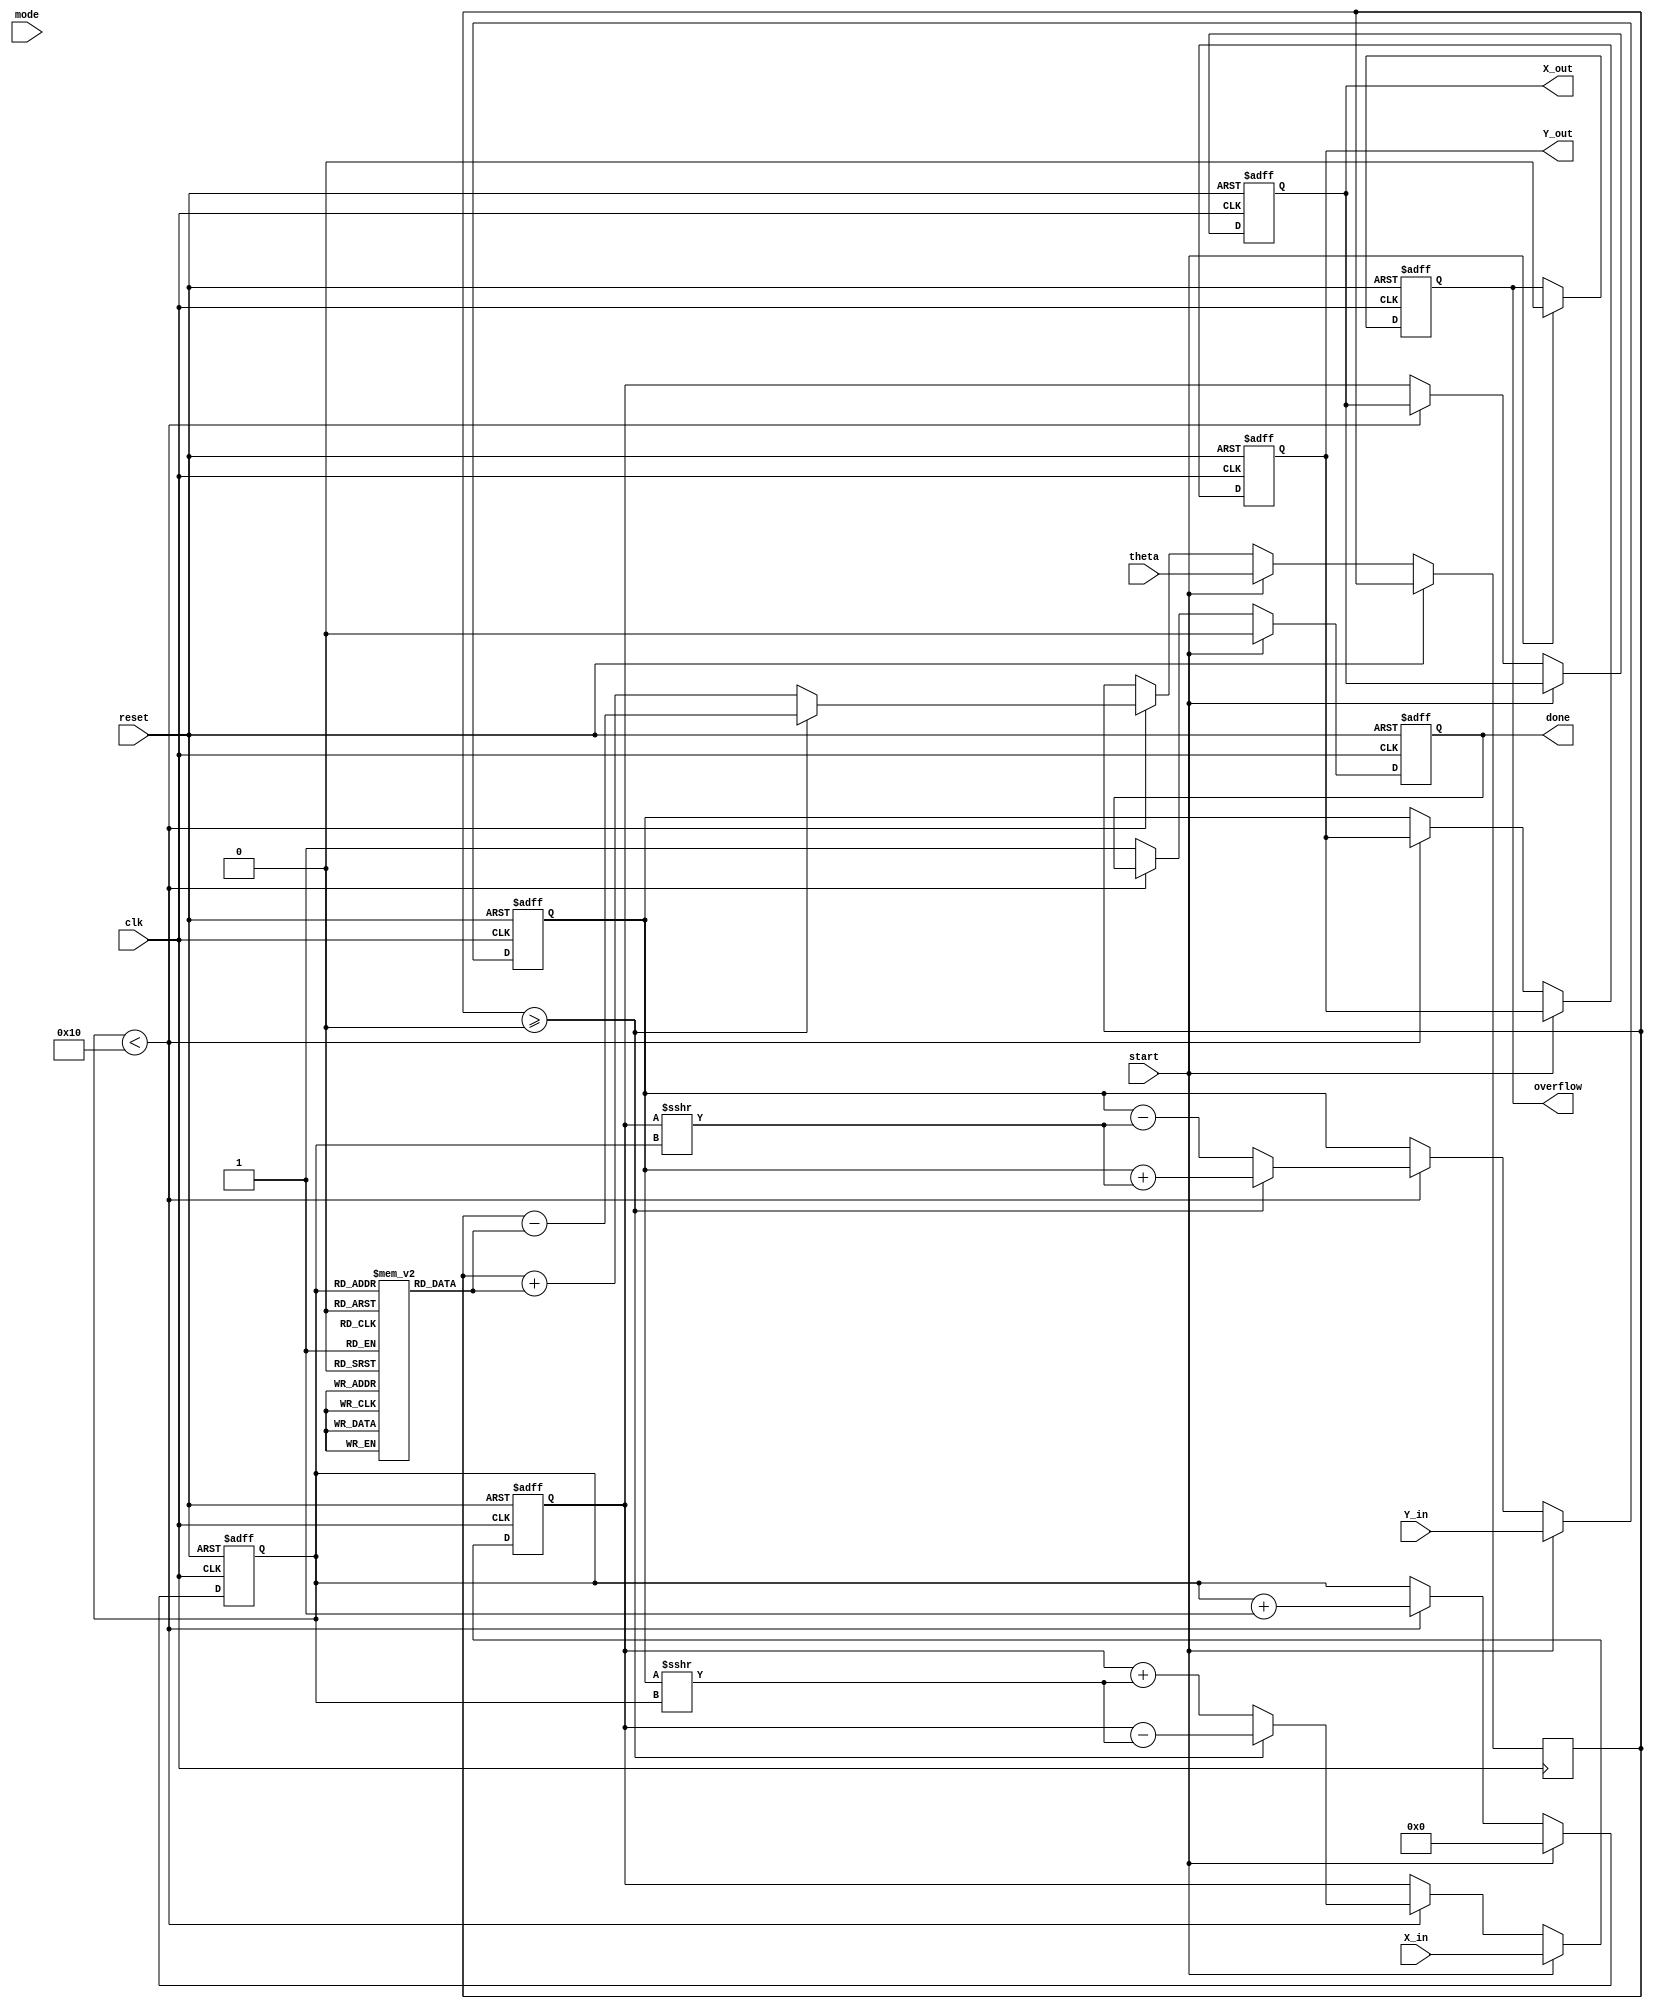
module adaptive_cordic (
    input wire clk,                   // Clock
    input wire reset,                 // Reset
    input wire start,                 // Start signal
    input wire [15:0] theta,          // Input angle in radians (fixed-point representation)
    input wire [15:0] X_in,           // Initial X coordinate
    input wire [15:0] Y_in,           // Initial Y coordinate
    input wire mode,                  // Operation mode (0: rotation, 1: vectoring)
    output reg [15:0] X_out,          // Resulting X coordinate
    output reg [15:0] Y_out,          // Resulting Y coordinate
    output reg done,                  // Completion flag
    output reg overflow                // Overflow flag
);

    parameter MAX_ITER = 16;          // Maximum number of iterations
    reg [15:0] x, y;                   // Internal coordinates
    reg [15:0] angle;                  // Adaptive angle
    reg [3:0] iteration;               // Iteration counter
    reg [15:0] atan_table [0:15];      // Angle lookup table

    // Initialize angle lookup table (arctan values)
    initial begin
        atan_table[0] = 16'h2000;  // atan(2^-0) = 0.5
        atan_table[1] = 16'h1666;  // atan(2^-1)
        atan_table[2] = 16'h0D38;  // atan(2^-2)
        atan_table[3] = 16'h0A3D;  // atan(2^-3)
        atan_table[4] = 16'h0519;  // atan(2^-4)
        atan_table[5] = 16'h028B;  // atan(2^-5)
        atan_table[6] = 16'h0143;  // atan(2^-6)
        atan_table[7] = 16'h00A7;  // atan(2^-7)
        atan_table[8] = 16'h0053;  // atan(2^-8)
        atan_table[9] = 16'h002A;  // atan(2^-9)
        atan_table[10] = 16'h0014; // atan(2^-10)
        atan_table[11] = 16'h000A; // atan(2^-11)
        atan_table[12] = 16'h0005; // atan(2^-12)
        atan_table[13] = 16'h0002; // atan(2^-13)
        atan_table[14] = 16'h0001; // atan(2^-14)
        atan_table[15] = 16'h0000; // atan(2^-15)
    end

    // State machine for CORDIC operation
    always @(posedge clk or posedge reset) begin
        if (reset) begin
            iteration <= 0;
            done <= 0;
            overflow <= 0;
            x <= 0;
            y <= 0;
            X_out <= 0;
            Y_out <= 0;
        end else if (start) begin
            // Loading input values
            x <= X_in;
            y <= Y_in;
            angle <= theta;
            iteration <= 0;
            done <= 0;
            overflow <= 0;
        end else if (iteration < MAX_ITER) begin
            // CORDIC iterative process
            if (angle >= 0) begin
                // Rotate clockwise
                x <= x - (y >>> iteration);
                y <= y + (x >>> iteration);
                angle <= angle - atan_table[iteration];
            end else begin
                // Rotate counter-clockwise
                x <= x + (y >>> iteration);
                y <= y - (x >>> iteration);
                angle <= angle + atan_table[iteration];
            end

            iteration <= iteration + 1;
        end else begin
            // Finished all iterations
            X_out <= x;
            Y_out <= y;
            done <= 1;
        end
    end

endmodule